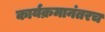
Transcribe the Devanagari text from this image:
कार्यक्रमानंतरच